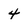
Character: 4